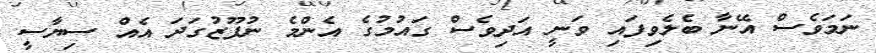
ނަމަވެސް އޭނާ ބެލެވިފައި ވަނީ އަދިވެސް ގައުމުގެ އެންމެ ނުފޫޒުގަދަ އެއް ސިޔާސީ